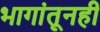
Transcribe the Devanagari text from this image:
भागांतूनही